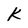
Character: k